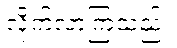
လိုက်လာကြသည်။